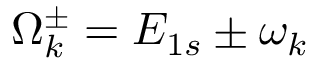
\Omega _ { k } ^ { \pm } = E _ { 1 s } \pm \omega _ { k }